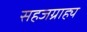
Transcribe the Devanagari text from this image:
सहजग्राह्य